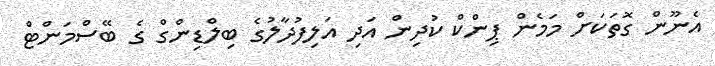
އެނޫން ގޮތަކަށް މަމެން ޕިންކް ކުދިން އަދި އަލިފުދާލުގެ ބިލްޑިންގް ގެ ބޭސްމަންޓް